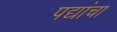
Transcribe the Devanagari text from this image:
पद्यांचा